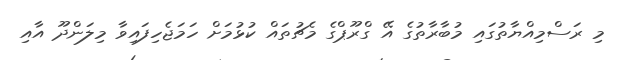
މި ރަސްމިއްޔާތުގައި މުބާރާތުގެ އޭ ގްރޫޕްގެ މެޗުތައް ކުޅުމަށް ހަމަޖެހިފައިވާ މިލަންދޫ އާއި